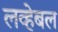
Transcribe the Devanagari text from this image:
लव्हेबल